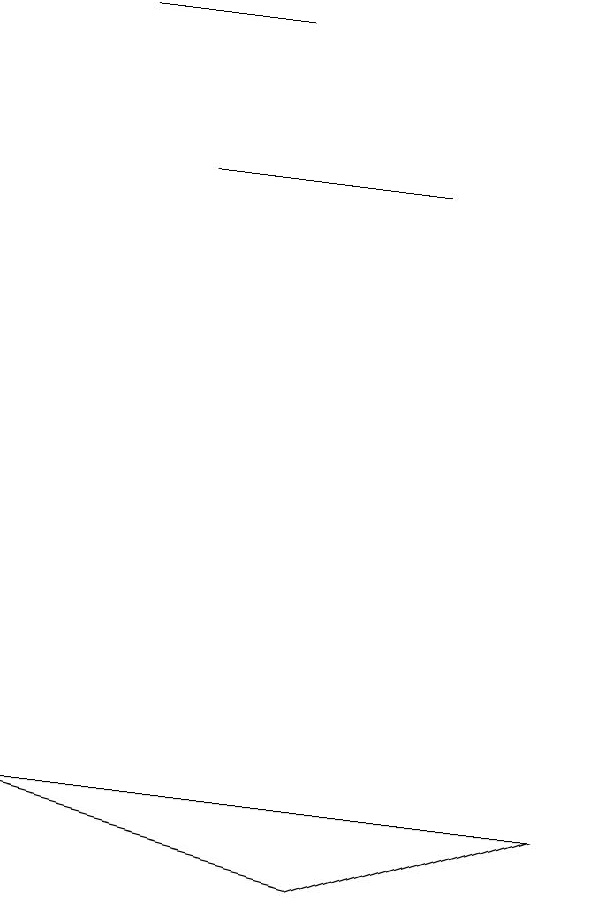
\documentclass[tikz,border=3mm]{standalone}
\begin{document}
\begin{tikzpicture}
\draw (3,10) rectangle (6,10);
\draw (4,12) rectangle (2,12);
\draw (1,2) -- (8,2) -- (5,1) -- cycle;
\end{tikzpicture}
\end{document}